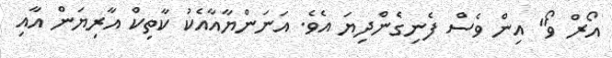
އޯރް ވޯ" އިން ވެސް ފެނިގެންދިޔަ އެވެ. އަނަންޔާއާއެކު ކާތިކް އާރިޔަން އާއި